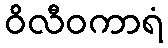
ဝိလီဝကာရံ